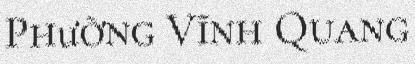
Phường Vĩnh Quang